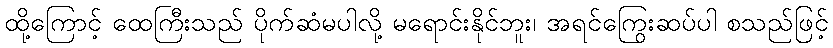
ထို့ကြောင့် ထေကြီးသည် ပိုက်ဆံမပါလို့ မရောင်းနိုင်ဘူး၊ အရင်ကြွေးဆပ်ပါ စသည်ဖြင့်